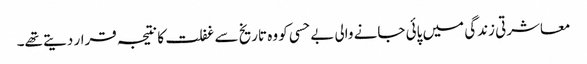
معاشرتی زندگی میں پائی جانے والی بے حسی کو وہ تاریخ سے غفلت کا نتیجہ قرار دیتے تھے۔